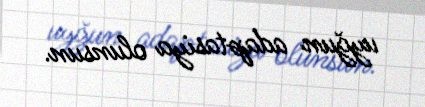
uyğun adaptasiya olunsun.